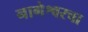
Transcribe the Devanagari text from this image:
नागेश्वरचा